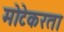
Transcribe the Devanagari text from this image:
मोटेकरता